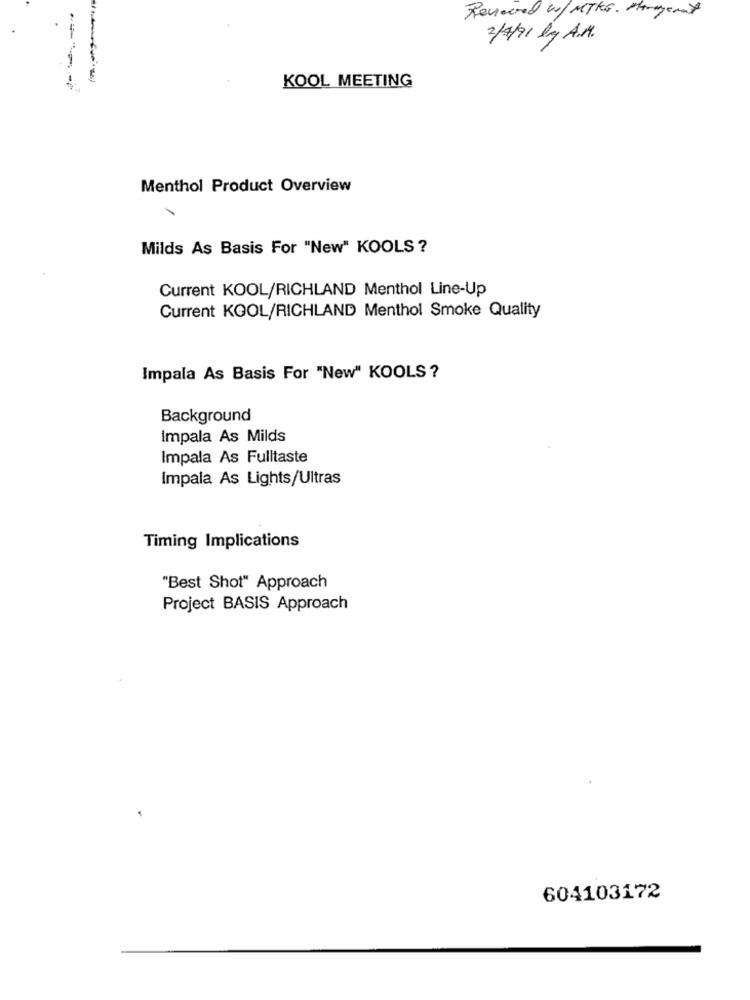
Received w/MTKG. Margement
2/4/91 kg A.M.
KOOL MEETING
Menthol Product Overview
Milds As Basis For "New" KOOLS ?
Current KOOL/RICHLAND Menthol Line-Up
Current KOOL/RICHLAND Menthol Smoke Quality
Impala As Basis For "New" KOOLS ?
Background
Impala As Milds
Impala As Fulltaste
Impala As Lights/Ultras
Timing Implications
"Best Shot" Approach
Project BASIS Approach
604103172